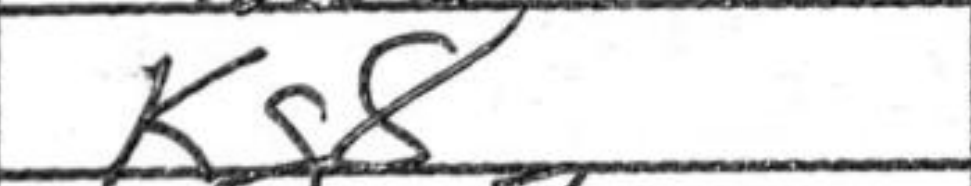
Transcription: Kg8